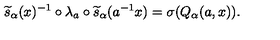
\widetilde { s } _ { \alpha } ( x ) ^ { - 1 } \circ \lambda _ { a } \circ \widetilde { s } _ { \alpha } ( a ^ { - 1 } x ) = \sigma ( Q _ { \alpha } ( a , x ) ) .